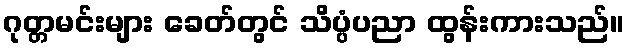
ဂုတ္တမင်းများ ခေတ်တွင် သိပ္ပံပညာ ထွန်းကားသည်။